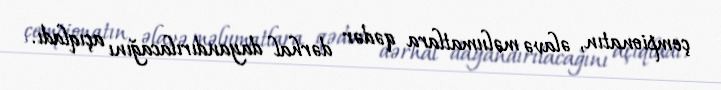
çempionatın, əlavə məlumatlara qədər dərhal dayandırılacağını açıqladı.